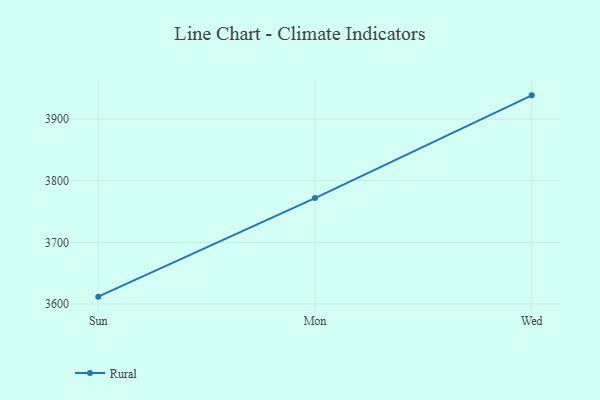
{"axis": {"x": "Day", "y": "Revenue (USD Million)"}, "legend": ["Rural"], "data": [{"x": "Sun", "y": 3611.9, "type": "Rural"}, {"x": "Mon", "y": 3771.8, "type": "Rural"}, {"x": "Wed", "y": 3938.5, "type": "Rural"}]}